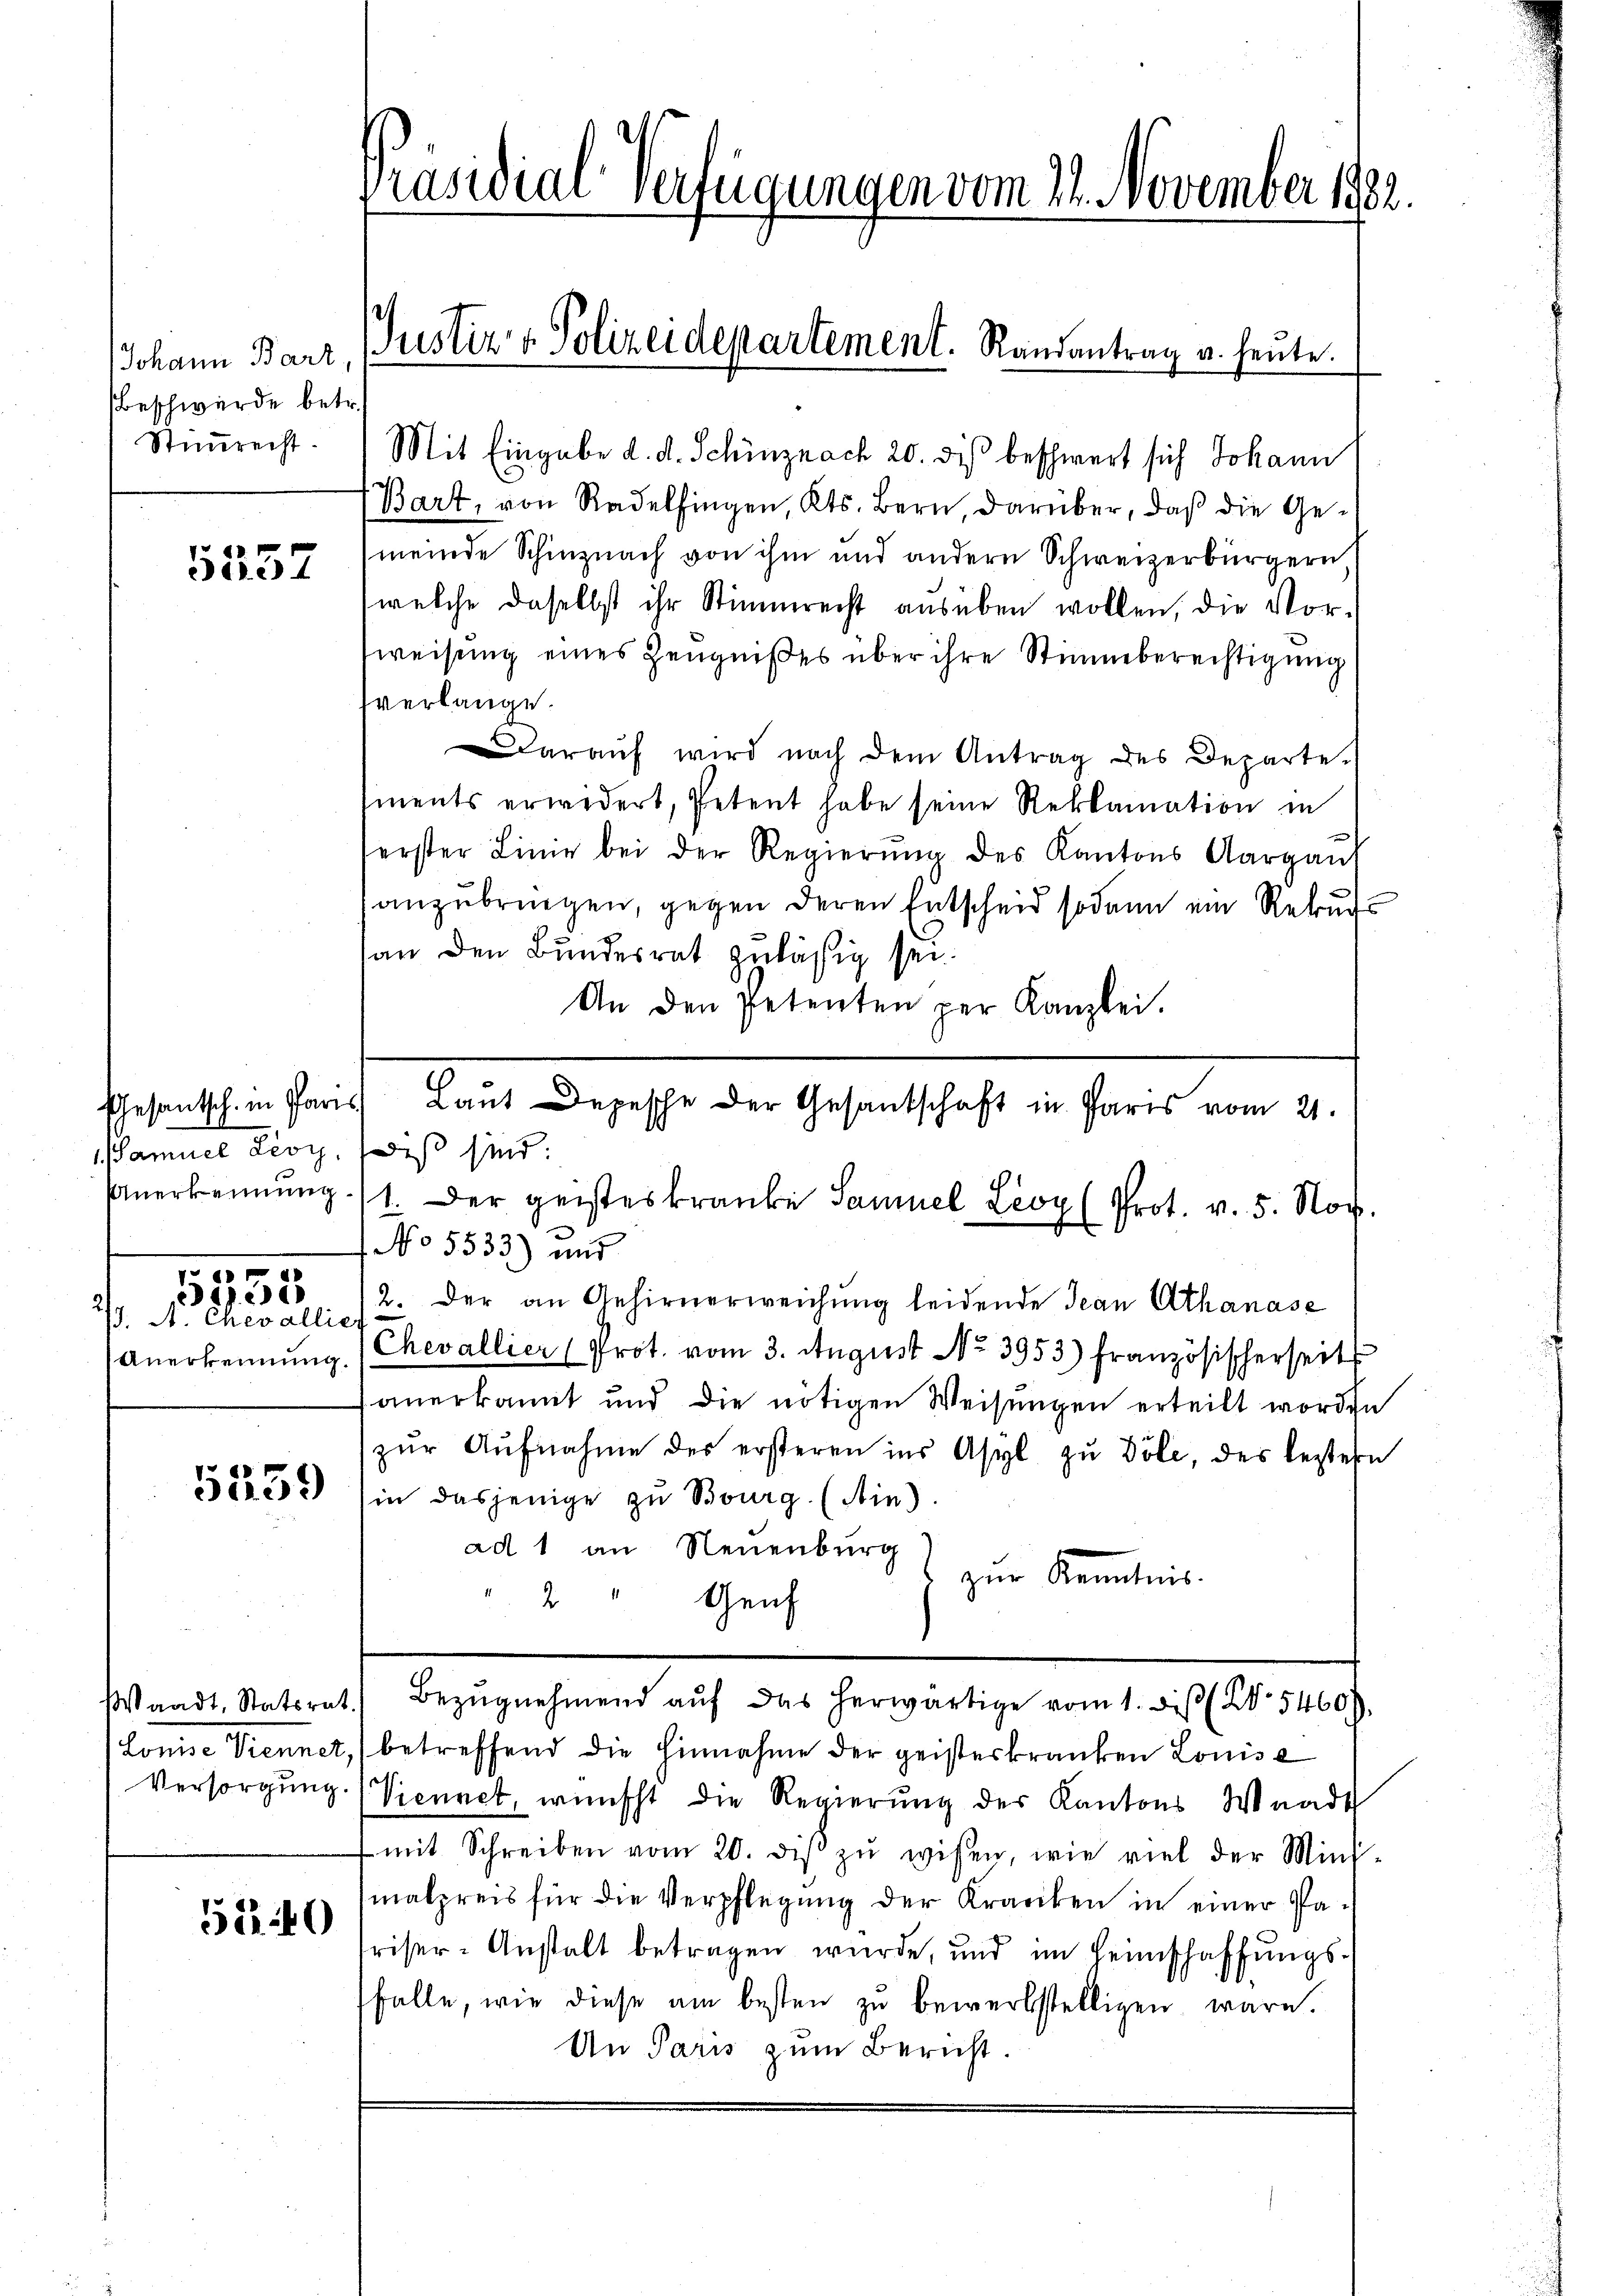
Johann Barz,
Beschwerde betr.
Stimmrecht.

5257

Samuel Lioy,

5233

2)
77. A. Chevallier

5259

52240

Präsidial-Verfügungen vom 22. November 1882.

Justiz & Polizeidepartement. Randantrag u. heute.

Mit Eingabe d. d. Schinznach 20. diß beschwert sich Johann
Bart, von Radelfingen, Kts. Bern, darüber, daß die Gemeinde Schinznach von ihm und andern Schweizerbürgern
welche daselbst ihr Stimmrecht ausüben wollen, die Vor-
weisung eines Zeugnißes über ihre Stimmberechtigung
verlange.
daraŭf wird nach dem Antrag des Departe.
ments erwidert, Petent habe seine Reklamation in
serster Linie bei der Regierung des Kantons Aargaus
anzubringen, gegen deren Entscheid sodann ein Rekurs
an den Bundesrat zuläßig sei.
An den Petenten per Kanzlei.
Gesantsch. in Paris Laut Depesche der Gesantschaft in Paris vom 21.
wiß sind:
Anerkennung 11. Der geisteskranke Samuel Lioy (Prot. v. 5. Nov.
1 No 5533) und
2. Der an Gehirnerweichung leidende Jean Athanase
Anerkennung (Chevallier (Prot. vom 3. August No 3953) Französischerseit
tanerkannt und die nötigen Weisungen erteilt worden
zŭr Aŭfnahme des ersteren ins Asyl zŭ Döle, des bestern
in dasjenige zu Bourg (Ain).
ad 1 an Neuenburg
zur Kenntnis.
d
Geich

Waadt, Statsrat) Bezŭgnehmend aŭf das herwärtige vom 1. diβ (No. 5460),
Louise Viennet, betreffend die Einnahme der geisteskranken Louise
Versorgung. (Vienact, wünscht die Regierung der Kantons Waadt
 mit Schreiben vom 20. diβ zŭ wissen, wie viel der Mini-
malpreis für die Verpflegung der Kranken in einer Pariser-Anstalt betragen wurde, und im Heimschaffungsfalle, wie diese am besten zu bewerbstelligen wäre.
An Paris zum Bericht.